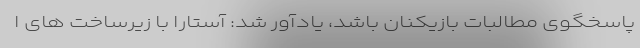
پاسخگوی مطالبات بازیکنان باشد، یادآور شد: آستارا با زیرساخت های ا